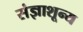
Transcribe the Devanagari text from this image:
संज्ञाशून्य